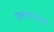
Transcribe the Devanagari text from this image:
रक्तचापग्रस्त